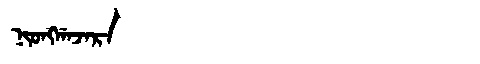
Manchu: ᠨᡳᠣᠩᡤᠠᠵᠠᡵᠠ
Romanization: NIONGGAJARA